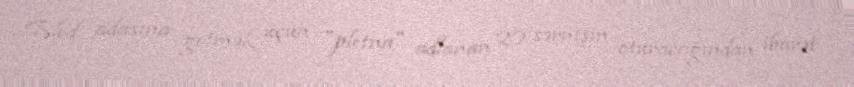
Bled adasına getmək üçün "pletna" adlanan 20 sərnişin oturacağından ibarət